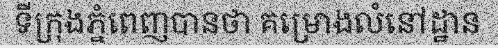
ទីក្រុងភ្នំពេញបានថា គម្រោងលំនៅដ្ឋាន